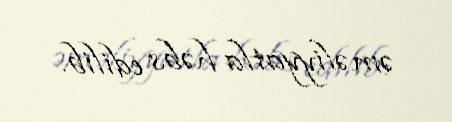
əməliyyatla həbs edilib.